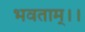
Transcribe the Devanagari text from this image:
भवताम्।।